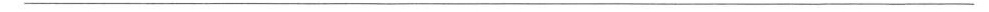
___